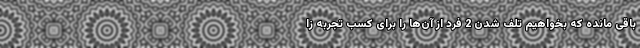
باقی مانده که بخواهیم تلف شدن 2 فرد از آن‌ها را برای کسب تجربه زا